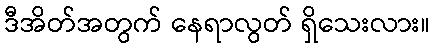
ဒီအိတ်အတွက် နေရာလွတ် ရှိသေးလား။